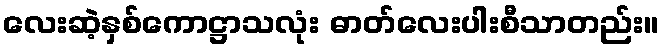
လေးဆဲ့နှစ်ကောဋ္ဌာသလုံး ဓာတ်လေးပါးစီသာတည်း။